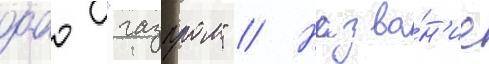
оао "газпром" // Назва́н'ие